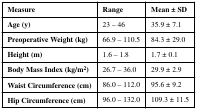
| Measure | Range | Mean ± SD |
 | --- | --- | --- |
 | Age (y) | 23 – 46 | 35.9 ± 7.1 |
 | Preoperative Weight (kg) | 66.9 – 110.5 | 84.3 ± 29.0 |
 | Height (m) | 1.6 – 1.8 | 1.7 ± 0.1 |
 | Body Mass Index (kg/m2) | 26.7 – 36.0 | 29.9 ± 2.9 |
 | Waist Circumference (cm) | 86.0 – 112.0 | 95.6 ± 9.2 |
 | Hip Circumference (cm) | 96.0 – 132.0 | 109.3 ± 11.5 |